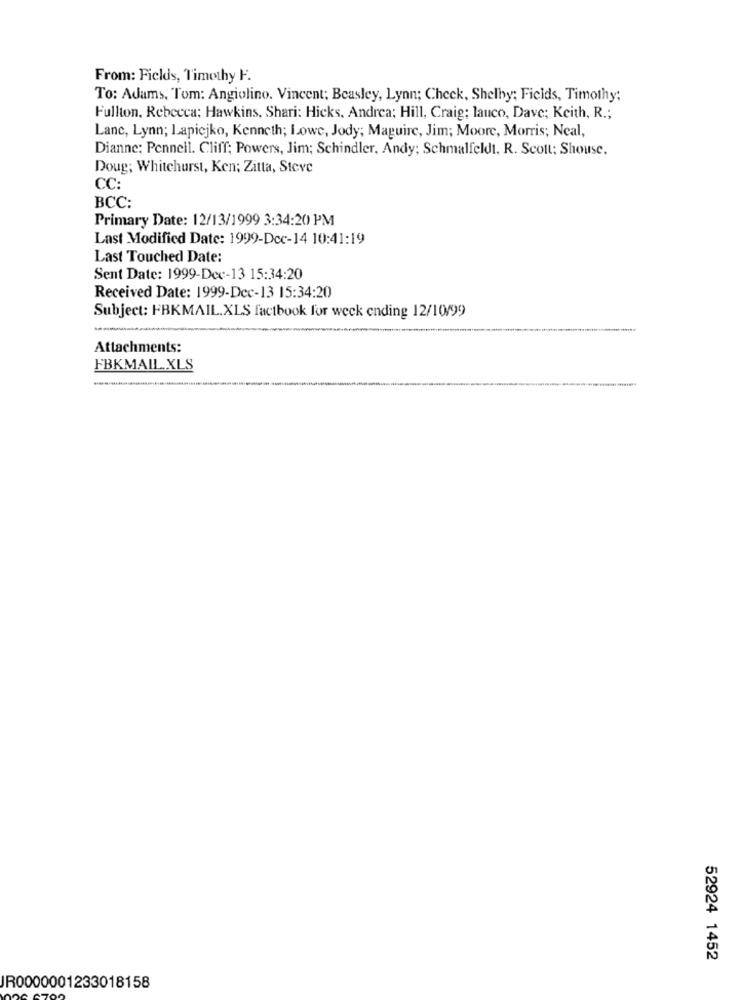
From: Fields, Timothy F.
To: Adams, Tom: Angiolino. Vincent; Beasley, Lynn; Check, Shelby; Fields, Timothy;
Fullton, Rebecca; Hawkins, Shari: Hicks, Andrea; Hill, Craig: lauco, Dave; Keith, R .;
Lanc, Lynn; Lapicjko, Kenneth; Lowe, Jody; Maguire, Jim; Moore, Morris; Neal,
Dianne: Pennell. Cliff; Powers, Jim; Schindler, Andy; Schmalfeldt, R. Scott: Shouse,
Doug; Whitehurst, Ken; Zitta, Steve
CC:
BCC:
Primary Date: 12/13/1999 3:34:20 PM
Last Modified Date: 1999-Dec-14 10:41:19
Last Touched Date:
Sent Date: 1999-Dec-13 15:34:20
Received Date: 1999-Dec-13 15:34:20
Subject: FBKMAIL.XLS factbook for weck ending 12/10/99
Attachments:
FBKMAIL.XLS
52924 1452
JR0000001233018158